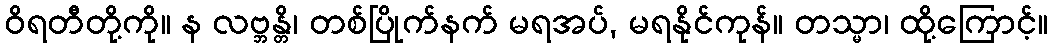
ဝိရတီတို့ကို။ န လဗ္ဘန္တိ၊ တစ်ပြိုက်နက် မရအပ်, မရနိုင်ကုန်။ တသ္မာ၊ ထို့ကြောင့်။